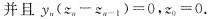
并且$$y _ { n } ( z _ { n } - z _ { n - 1 } ) = 0$$，$$z _ { 0 } = 0$$.